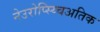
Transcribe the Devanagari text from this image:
नेउरोप्स्य्चिअतिक